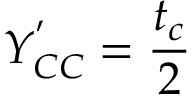
Y _ { C C } ^ { ' } = \frac { t _ { c } } { 2 }